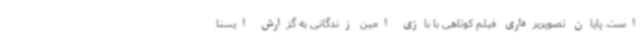
است. پایان تصویربرداری فیلم کوتاهی با بازی امین زندگانی به گزارش ایسنا